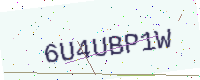
Text: 6U4UBP1W